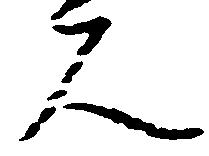
人